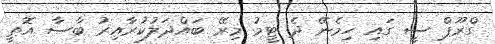
ގްރޫޕް ސީ ގައި ހިމެނޭ ދެ ޓީމު މިރޭ ބައްދަލުކުރާއިރު ބާސާ އޮތީ